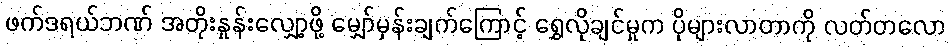
ဖက်ဒရယ်ဘဏ် အတိုးနှုန်းလျှော့ဖို့ မျှော်မှန်းချက်ကြောင့် ရွှေလိုချင်မှုက ပိုများလာတာကို လတ်တလော